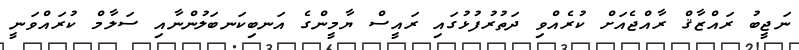
ނަޖީބު ރައްޒާޤް ރާއްޖެއަށް ކުރެއްވި ދަތުރުފުޅުގައި ރައީސް ޔާމީންގެ އަނބިކަނބަލުންނާއި ސަލާމް ކުރައްވަނީ